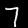
Digit: 7